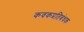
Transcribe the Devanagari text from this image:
कवकप्रतिबंधक